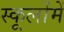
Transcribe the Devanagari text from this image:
स्कूलोंमें